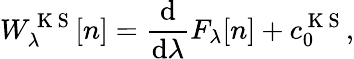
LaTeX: W_{\lambda}^{\mathrm{~K~S~}}[n]=\frac{\mathrm{d}}{\mathrm{d}\lambda}F_{\lambda}[n]+c_{0}^{\mathrm{~K~S~}},